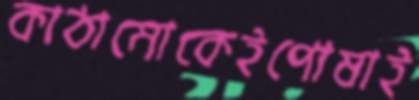
কাঠামোকেইপোষাই